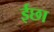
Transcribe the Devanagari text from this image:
ईछा